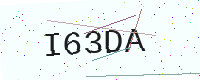
Text: I63DA